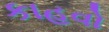
કાહવો